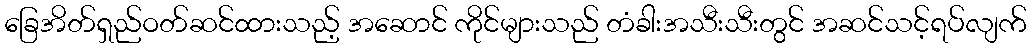
ခြေအိတ်ရှည်ဝတ်ဆင်ထားသည့် အဆောင် ကိုင်များသည် တံခါးအသီးသီးတွင် အဆင်သင့်ရပ်လျက်